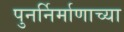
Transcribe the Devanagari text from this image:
पुनर्निर्माणाच्या